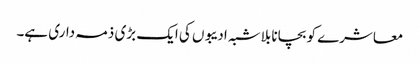
معاشرے کو بچانا بلاشبہ ادیبوں کی ایک بڑی ذمہ داری ہے۔